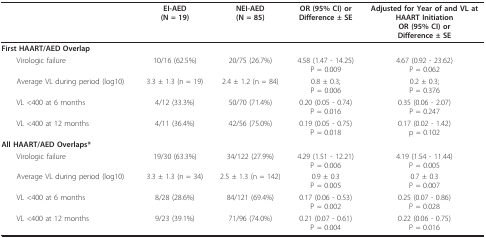
<table><thead><tr><td></td><td><b>EI-AED(N = 19)</b></td><td><b>NEI-AED(N = 85)</b></td><td><b>OR (95% CI) orDifference ± SE</b></td><td><b>Adjusted for Year of and VL atHAART InitiationOR (95% CI) orDifference ± SE</b></td></tr></thead><tbody><tr><td><b>First HAART/AED Overlap</b></td><td></td><td></td><td></td><td></td></tr><tr><td> Virologic failure</td><td>10/16 (62.5%)</td><td>20/75 (26.7%)</td><td>4.58 (1.47 - 14.25)P = 0.009</td><td>4.67 (0.92 - 23.62)P = 0.062</td></tr><tr><td> Average VL during period (log10)</td><td>3.3 ± 1.3 (n = 19)</td><td>2.4 ± 1.2 (n = 84)</td><td>0.8 ± 0.3;P = 0.006</td><td>0.2 ± 0.3;P = 0.376</td></tr><tr><td> VL &lt;400 at 6 months</td><td>4/12 (33.3%)</td><td>50/70 (71.4%)</td><td>0.20 (0.05 - 0.74)P = 0.016</td><td>0.35 (0.06 - 2.07)P = 0.247</td></tr><tr><td> VL &lt;400 at 12 months</td><td>4/11 (36.4%)</td><td>42/56 (75.0%)</td><td>0.19 (0.05 - 0.75)P = 0.018</td><td>0.17 (0.02 - 1.42)p = 0.102</td></tr><tr><td><b>All HAART/AED Overlaps*</b></td><td></td><td></td><td></td><td></td></tr><tr><td> Virologic failure</td><td>19/30 (63.3%)</td><td>34/122 (27.9%)</td><td>4.29 (1.51 - 12.21)P = 0.006</td><td>4.19 (1.54 - 11.44)P = 0.005</td></tr><tr><td> Average VL during period (log10)</td><td>3.3 ± 1.3 (n = 34)</td><td>2.5 ± 1.3 (n = 142)</td><td>0.9 ± 0.3P = 0.005</td><td>0.7 ± 0.3P = 0.007</td></tr><tr><td> VL &lt;400 at 6 months</td><td>8/28 (28.6%)</td><td>84/121 (69.4%)</td><td>0.17 (0.06 - 0.53)P = 0.002</td><td>0.25 (0.07 - 0.86)P = 0.028</td></tr><tr><td> VL &lt;400 at 12 months</td><td>9/23 (39.1%)</td><td>71/96 (74.0%)</td><td>0.21 (0.07 - 0.61)P = 0.004</td><td>0.22 (0.06 - 0.75)P = 0.016</td></tr></tbody></table>